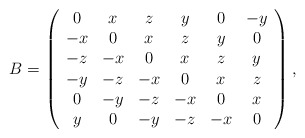
\begin{align*}B=\left( \begin{array}{cccccccc}0 & x & z & y & 0 & -y \\ -x & 0 & x & z & y & 0 \\ -z & -x & 0 & x & z & y \\ -y & -z & -x & 0 & x & z \\ 0 & -y & -z & -x & 0 & x \\ y & 0 & -y & -z & -x & 0 \end{array}\right),\end{align*}